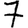
Digit: 7